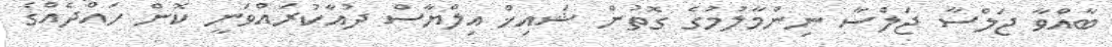
ބާއްވާ ޖަލްސާ ޖަލްސާ ނިންމާލުމުގެ ގޮތުން ޝައިޚް އިލްޔާސް ދުއާކުރައްވަނީ ކޮން ހައްދެއްގެ